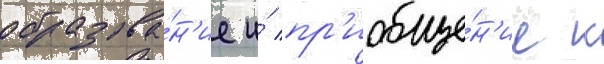
образова́н'ие и́ пр'иобще́н'ие к